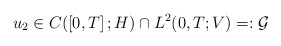
\begin{align*}u_{2}\in C( \left[ 0,T\right] ;H) \cap L^{2}( 0,T;V)=: \mathcal{G}\end{align*}